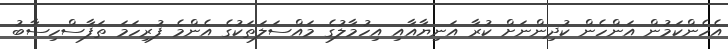
އެހެންކަމުން އަންހެން ކުދިންނަށް ކުރާ އަނިޔާއާއި އިހުމާލުގެ މައްސަލަތަކުގެ އެންމެ ފުރިހަމަ ތަފާސްހިސާބު